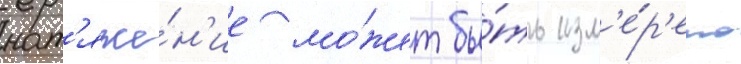
нат'яже́н'ие мо́жет бы́ть изм'е́р'ено